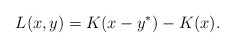
\begin{align*}L(x, y)= K(x - y^*) - K(x).\end{align*}